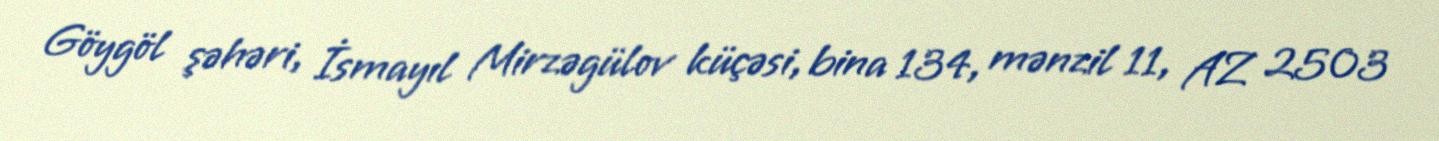
Göygöl şəhəri, İsmayıl Mirzəgülov küçəsi, bina 134, mənzil 11, AZ 2503